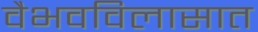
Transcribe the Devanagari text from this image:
वैभवविलासात